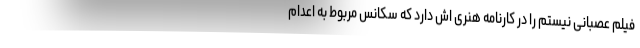
فیلم عصبانی نیستم را در کارنامه هنری اش دارد که سکانس مربوط به اعدام